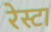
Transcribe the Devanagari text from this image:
रेस्टा